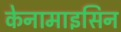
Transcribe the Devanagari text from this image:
केनामाइसिन